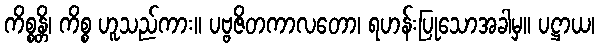
ကိစ္စန္တိ၊ ကိစ္စ ဟူသည်ကား။ ပဗ္ဗဇိတကာလတော၊ ရဟန်းပြုသောအခါမှ။ ပဋ္ဌာယ၊